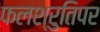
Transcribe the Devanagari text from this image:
फलश्रुतिपर